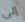
إلى